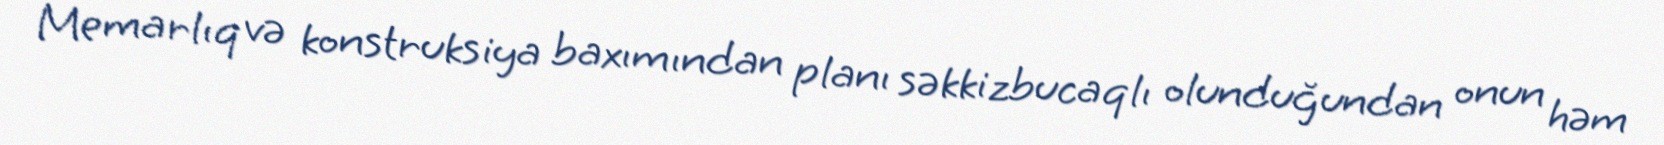
Memarlıq və konstruksiya baxımından planı səkkizbucaqlı olunduğundan onun həm